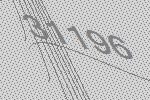
31196